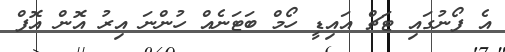
އެ ފޯނުގައި ޓަޗް އައިޑީ ހޯމް ބަޓަނެއް ހުންނަ އިރު އޮން އޮފް